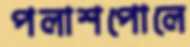
পলাশপোলে